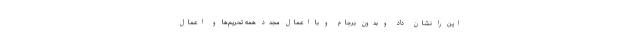
این را نشان داد و بدون برجام و با اعمال مجدد همه تحریم‌ها و اعمال